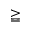
\geqq